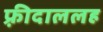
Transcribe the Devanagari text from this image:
फ़्रीदाललह